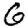
Digit: 6